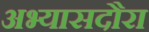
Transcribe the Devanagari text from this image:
अभ्यासदौरा